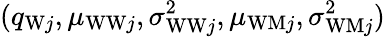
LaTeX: (q_{\mathrm{W}j},\mu_{\mathrm{WW}j},\sigma_{\mathrm{WW}j}^{2},\mu_{\mathrm{WM}j},\sigma_{\mathrm{WM}j}^{2})